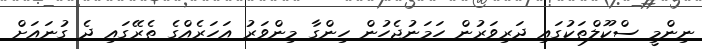
ނިންމީ ސްކޫލްތަކުގައި ދަރިވަރުން ހަމަނުޖެހުން ހިންގާ މިންވަރު އަހަރެއްގެ ތެރޭގައި ދެ ގުނައަށް